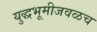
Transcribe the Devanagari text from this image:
युद्धभूमीजवळच